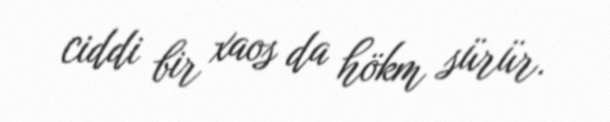
ciddi bir xaos da hökm sürür.